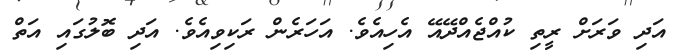
އަދި ވަރަށް ރީތި ކުއްޖެއްދޭއޭ އެހިއެވެ. އަހަރެން ރަކިވިއެވެ. އަދި ބޮލުގައި އަތް